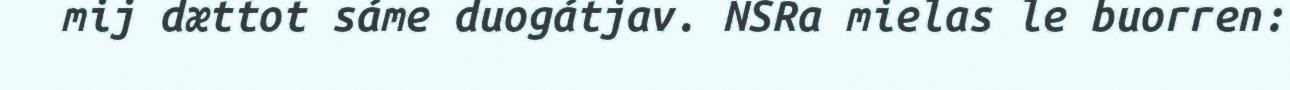
mij dættot sáme duogátjav. NSRa mielas le buorren: